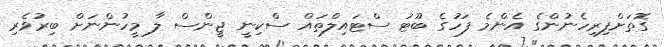
ގޮތަށްފިރިހެނުންގެ އެންމެ ފަހުގެ ބޫޓު ސްޓައިލްތައް ސްކިނީ ޖީންސް ލާ މީހުންނަށް ބިރުވެރި